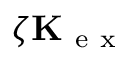
\zeta \mathbf { K } _ { \mathrm { ~ e ~ x ~ } }